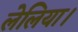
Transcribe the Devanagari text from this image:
लेलिया।